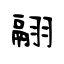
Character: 翮